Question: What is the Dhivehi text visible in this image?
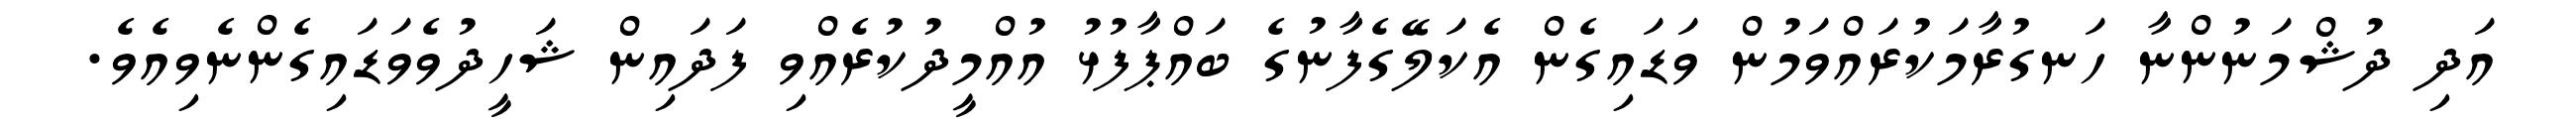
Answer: އަދި ދުޝްމަނުންނާ ހަނގުރާމަކުރައްވަމުން ވަޑައިގެން އެކަލޭގެފާނުގެ ބައްޕާފުޅު އުއްމީދުކުރެއްވި ފަދައިން ޝަހީދުވެވަޑައިގެންނެވިއެވެ.